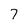
Character: 7